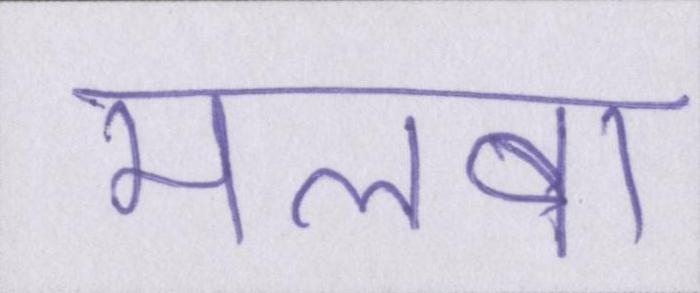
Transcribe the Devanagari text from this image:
मलबा